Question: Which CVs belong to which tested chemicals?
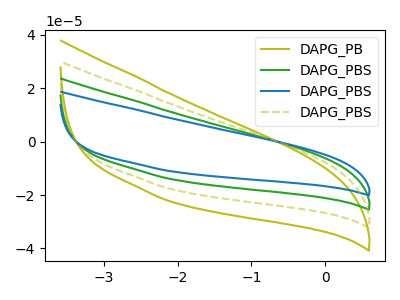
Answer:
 <answer>The olive curve is labeled "DAPG_PB". The green curve is labeled "DAPG_PBS". The blue curve is labeled "DAPG_PBS". The olive dashed curve is labeled "DAPG_PBS".</answer>
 <eval></eval>